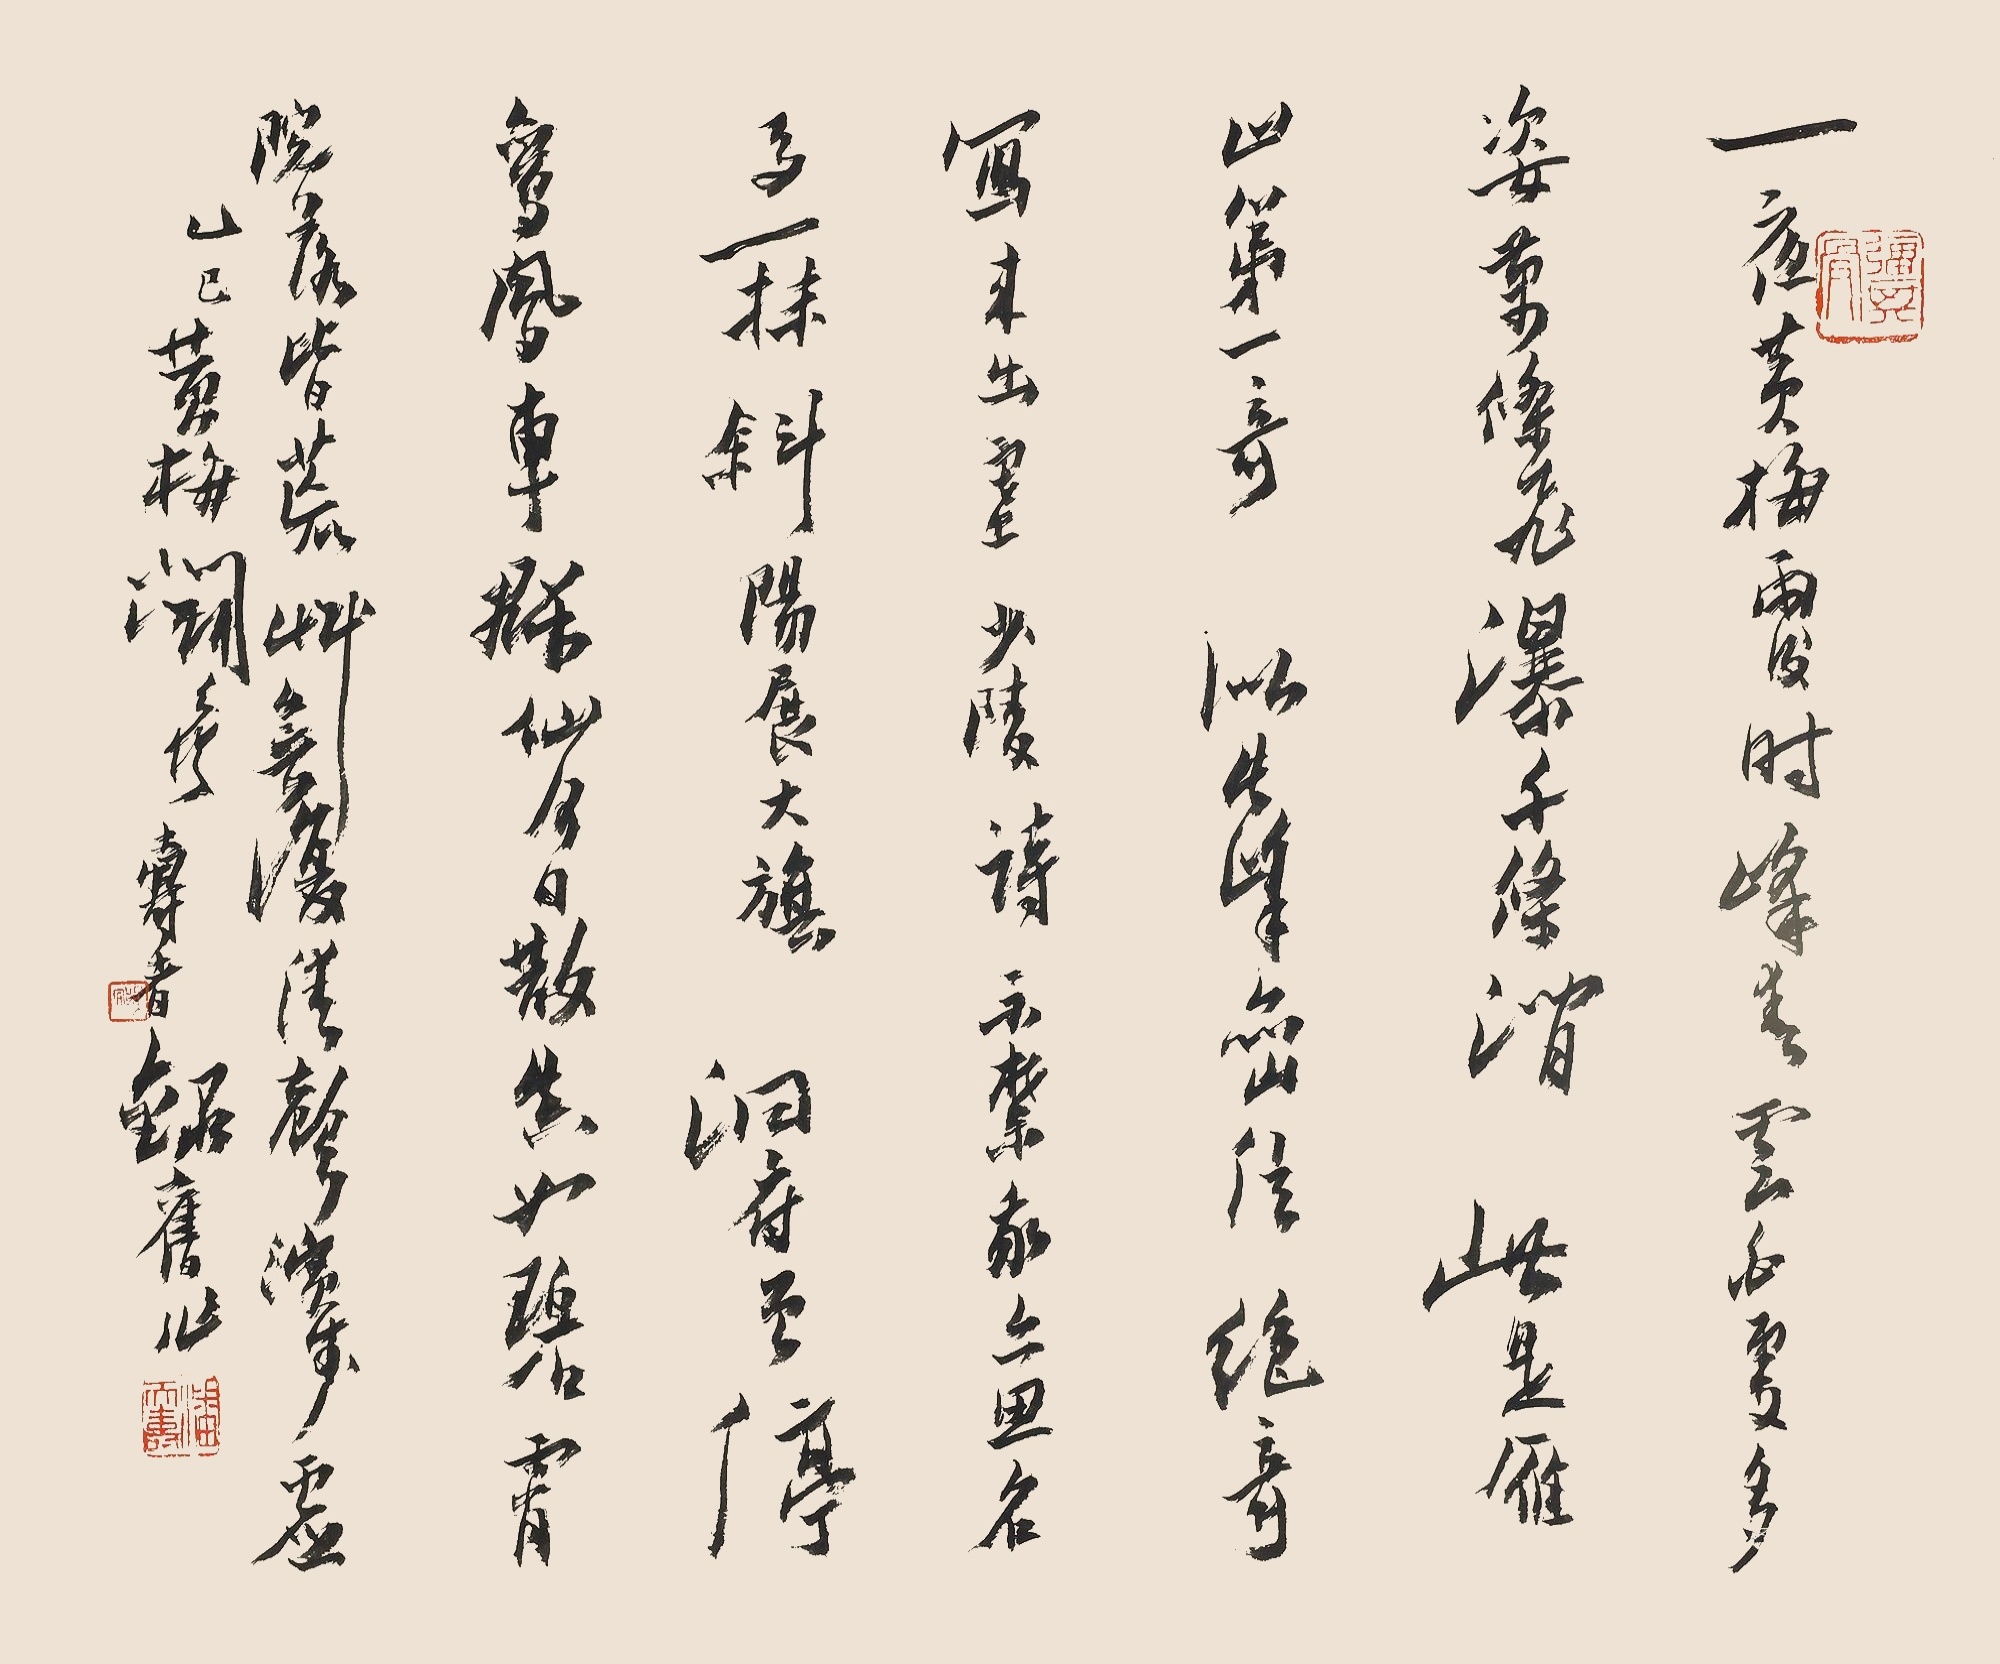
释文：一夜黄梅雨后时，峰青云白更多姿。万条飞瀑千条涧，此是雁山第一奇。如此峰峦信绝奇，写来出塞少陵诗。不禁我亦思名马，一抹斜阳展大旗。洞口曾停鸾凤车，群仙何夕散真如。碧霄院落余荒草，无复清声演步虚。乙巳黄梅闹春寿者录旧作。